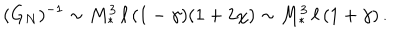
LaTeX: ( G _ { N } ) ^ { - 1 } \sim M _ { * } ^ { 3 } \, \ell \, ( 1 - \gamma ) ( 1 + 2 \chi ) \sim M _ { * } ^ { 3 } \, \ell \, ( 1 + \gamma ) \, .